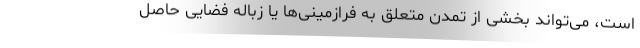
است، می‌تواند بخشی از تمدن متعلق به فرازمینی‌ها یا زباله فضایی حاصل